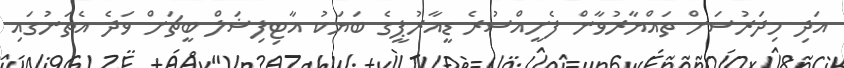
އަދި މިދަރުސަށް ތައްޔާރުވާން ފެށީއްސުރެ ޑީއާރުޕީގެ ބަޔަކު އާޓިފިޝަލް ބީޗަށް ވަދެ އެތަނުގައި